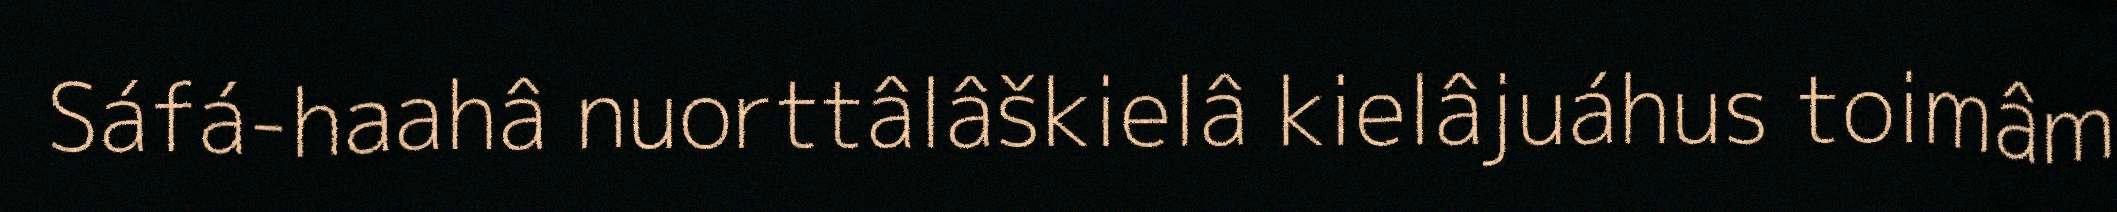
Sáfá-haahâ nuorttâlâškielâ kielâjuáhus toimâm